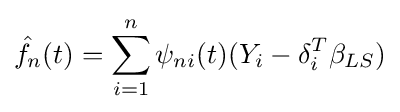
{\hat {f_{n}}}(t)=\sum _{i=1}^{n}\psi _{ni}(t)(Y_{i}-\delta _{i}^{T}\beta _{LS})